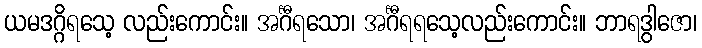
ယမဒဂ္ဂိရသေ့ လည်းကောင်း။ အင်္ဂီရသော၊ အင်္ဂီရရသေ့လည်းကောင်း။ ဘာရဒွါဇော၊